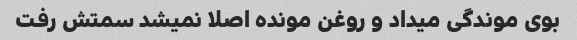
بوی موندگی میداد و روغن مونده اصلا نمیشد سمتش رفت